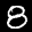
Label: 8